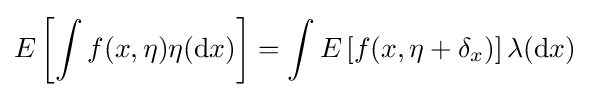
E\left[\int f(x,\eta )\eta (\mathrm {d} x)\right]=\int E\left[f(x,\eta +\delta _{x})\right]\lambda (\mathrm {d} x)